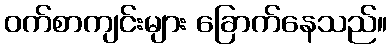
ဝက်စာကျင်းများ ခြောက်နေသည်။